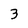
Character: 3